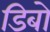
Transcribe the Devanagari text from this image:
डिबो